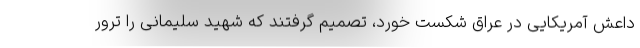
داعش آمریکایی در عراق شکست خورد، تصمیم گرفتند که شهید سلیمانی را ترور